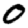
Digit: 0